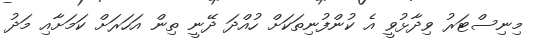
މިނިސްޓަރު ވިދާޅުވީ އެ ކުންފުނިތަކަށް ހުއްދަ ދޭނީ ތިން އަހަރަށް ކަމަށާއި މަދު